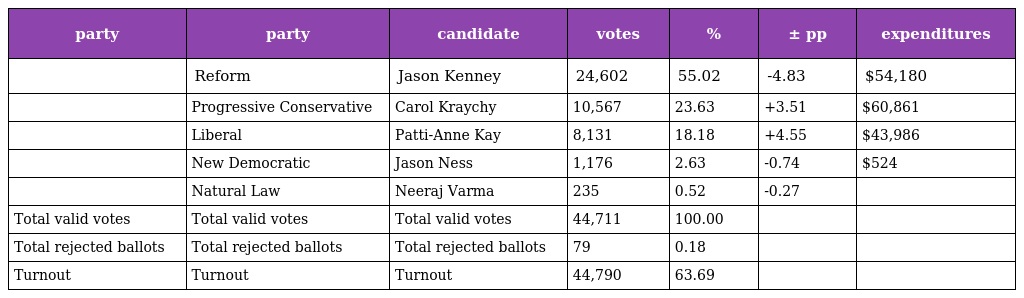
| party | party | candidate | votes | % | ± pp | expenditures |
 | --- | --- | --- | --- | --- | --- | --- |
 |  | Reform | Jason Kenney | 24,602 | 55.02 | -4.83 | $54,180 |
 |  | Progressive Conservative | Carol Kraychy | 10,567 | 23.63 | +3.51 | $60,861 |
 |  | Liberal | Patti-Anne Kay | 8,131 | 18.18 | +4.55 | $43,986 |
 |  | New Democratic | Jason Ness | 1,176 | 2.63 | -0.74 | $524 |
 |  | Natural Law | Neeraj Varma | 235 | 0.52 | -0.27 |  |
 | Total valid votes | Total valid votes | Total valid votes | 44,711 | 100.00 |  |  |
 | Total rejected ballots | Total rejected ballots | Total rejected ballots | 79 | 0.18 |  |  |
 | Turnout | Turnout | Turnout | 44,790 | 63.69 |  |  |